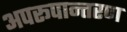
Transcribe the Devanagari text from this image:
अपरूपान्तरण